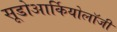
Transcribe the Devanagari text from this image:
सूडोआर्कियोलॉजी